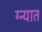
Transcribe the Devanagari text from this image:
ग्न्यात